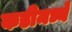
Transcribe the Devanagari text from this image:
कडीमध्ये